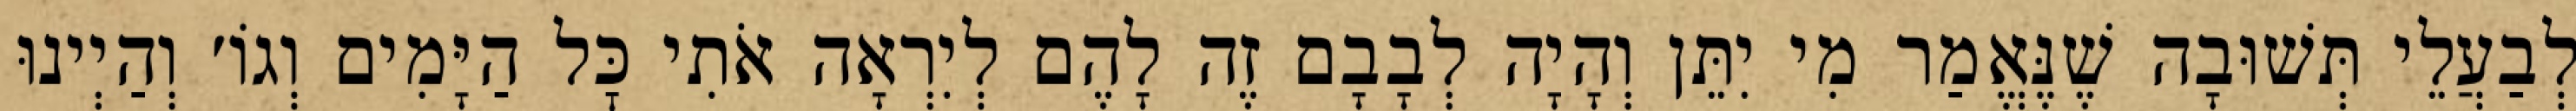
לְבַעֲלֵי תְּשׁוּבָה שֶׁנֶּאֱמַר מִי יִתֵּן וְהָיָה לְבָבָם זֶה לָהֶם לְיִרְאָה אֹתִי כׇּל הַיָּמִים וְגוֹ׳ וְהַיְינוּ